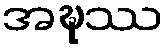
အဍ္ဎဿ